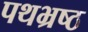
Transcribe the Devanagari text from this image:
पथभ्रष्ठ